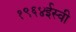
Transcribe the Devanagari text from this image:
१९६४ईस्वी